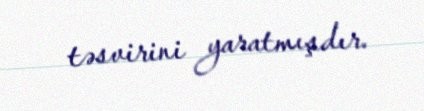
təsvirini yaratmışdır.